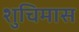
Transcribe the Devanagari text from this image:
शुचिमास